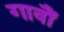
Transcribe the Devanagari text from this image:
गावौं